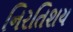
નિરતિશય